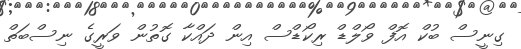
ގިނީސް ބުކް އޮފް ވޯލްޑް ރިކޯޑްސް އިން ދައްކާ ގޮތުން ވަރީގެ ނިސްބަތް